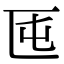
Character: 𠤲